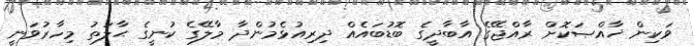
ވަކިން ޚާއްޞަކޮށް ރާއްޖޭގެ އާބާދީގެ ބޮޑުބައެއް ދިރިއުޅެމުންދާ މާލޭގެ ކުނީގެ ޙާލަތު މިހާރުވަނީ